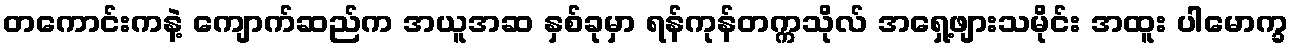
တကောင်းကနဲ့ ကျောက်ဆည်က အယူအဆ နှစ်ခုမှာ ရန်ကုန်တက္ကသိုလ် အရှေ့ဖျားသမိုင်း အထူး ပါမောက္ခ